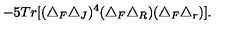
- 5 T r [ ( \triangle _ { F } \triangle _ { J } ) ^ { 4 } ( \triangle _ { F } \triangle _ { R } ) ( \triangle _ { F } \triangle _ { r } ) ] .